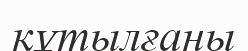
құтылғаны